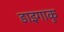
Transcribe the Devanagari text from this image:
डाइगाकु